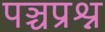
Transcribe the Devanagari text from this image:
पञ्चप्रश्न